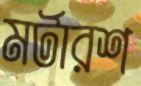
মর্টারশ